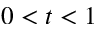
0 < t < 1